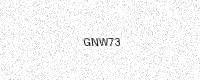
Text: GNW73